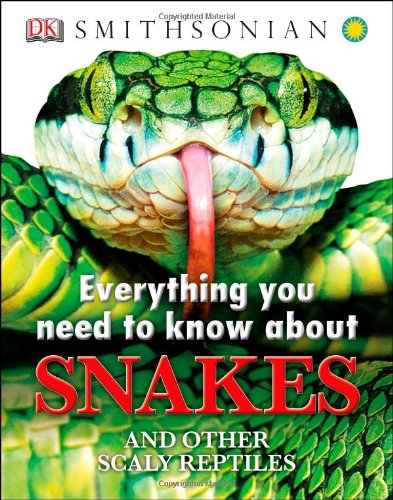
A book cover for Everything You Need to Know About Snakes (Everything You Need Know); DK Publishing; Children's Books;